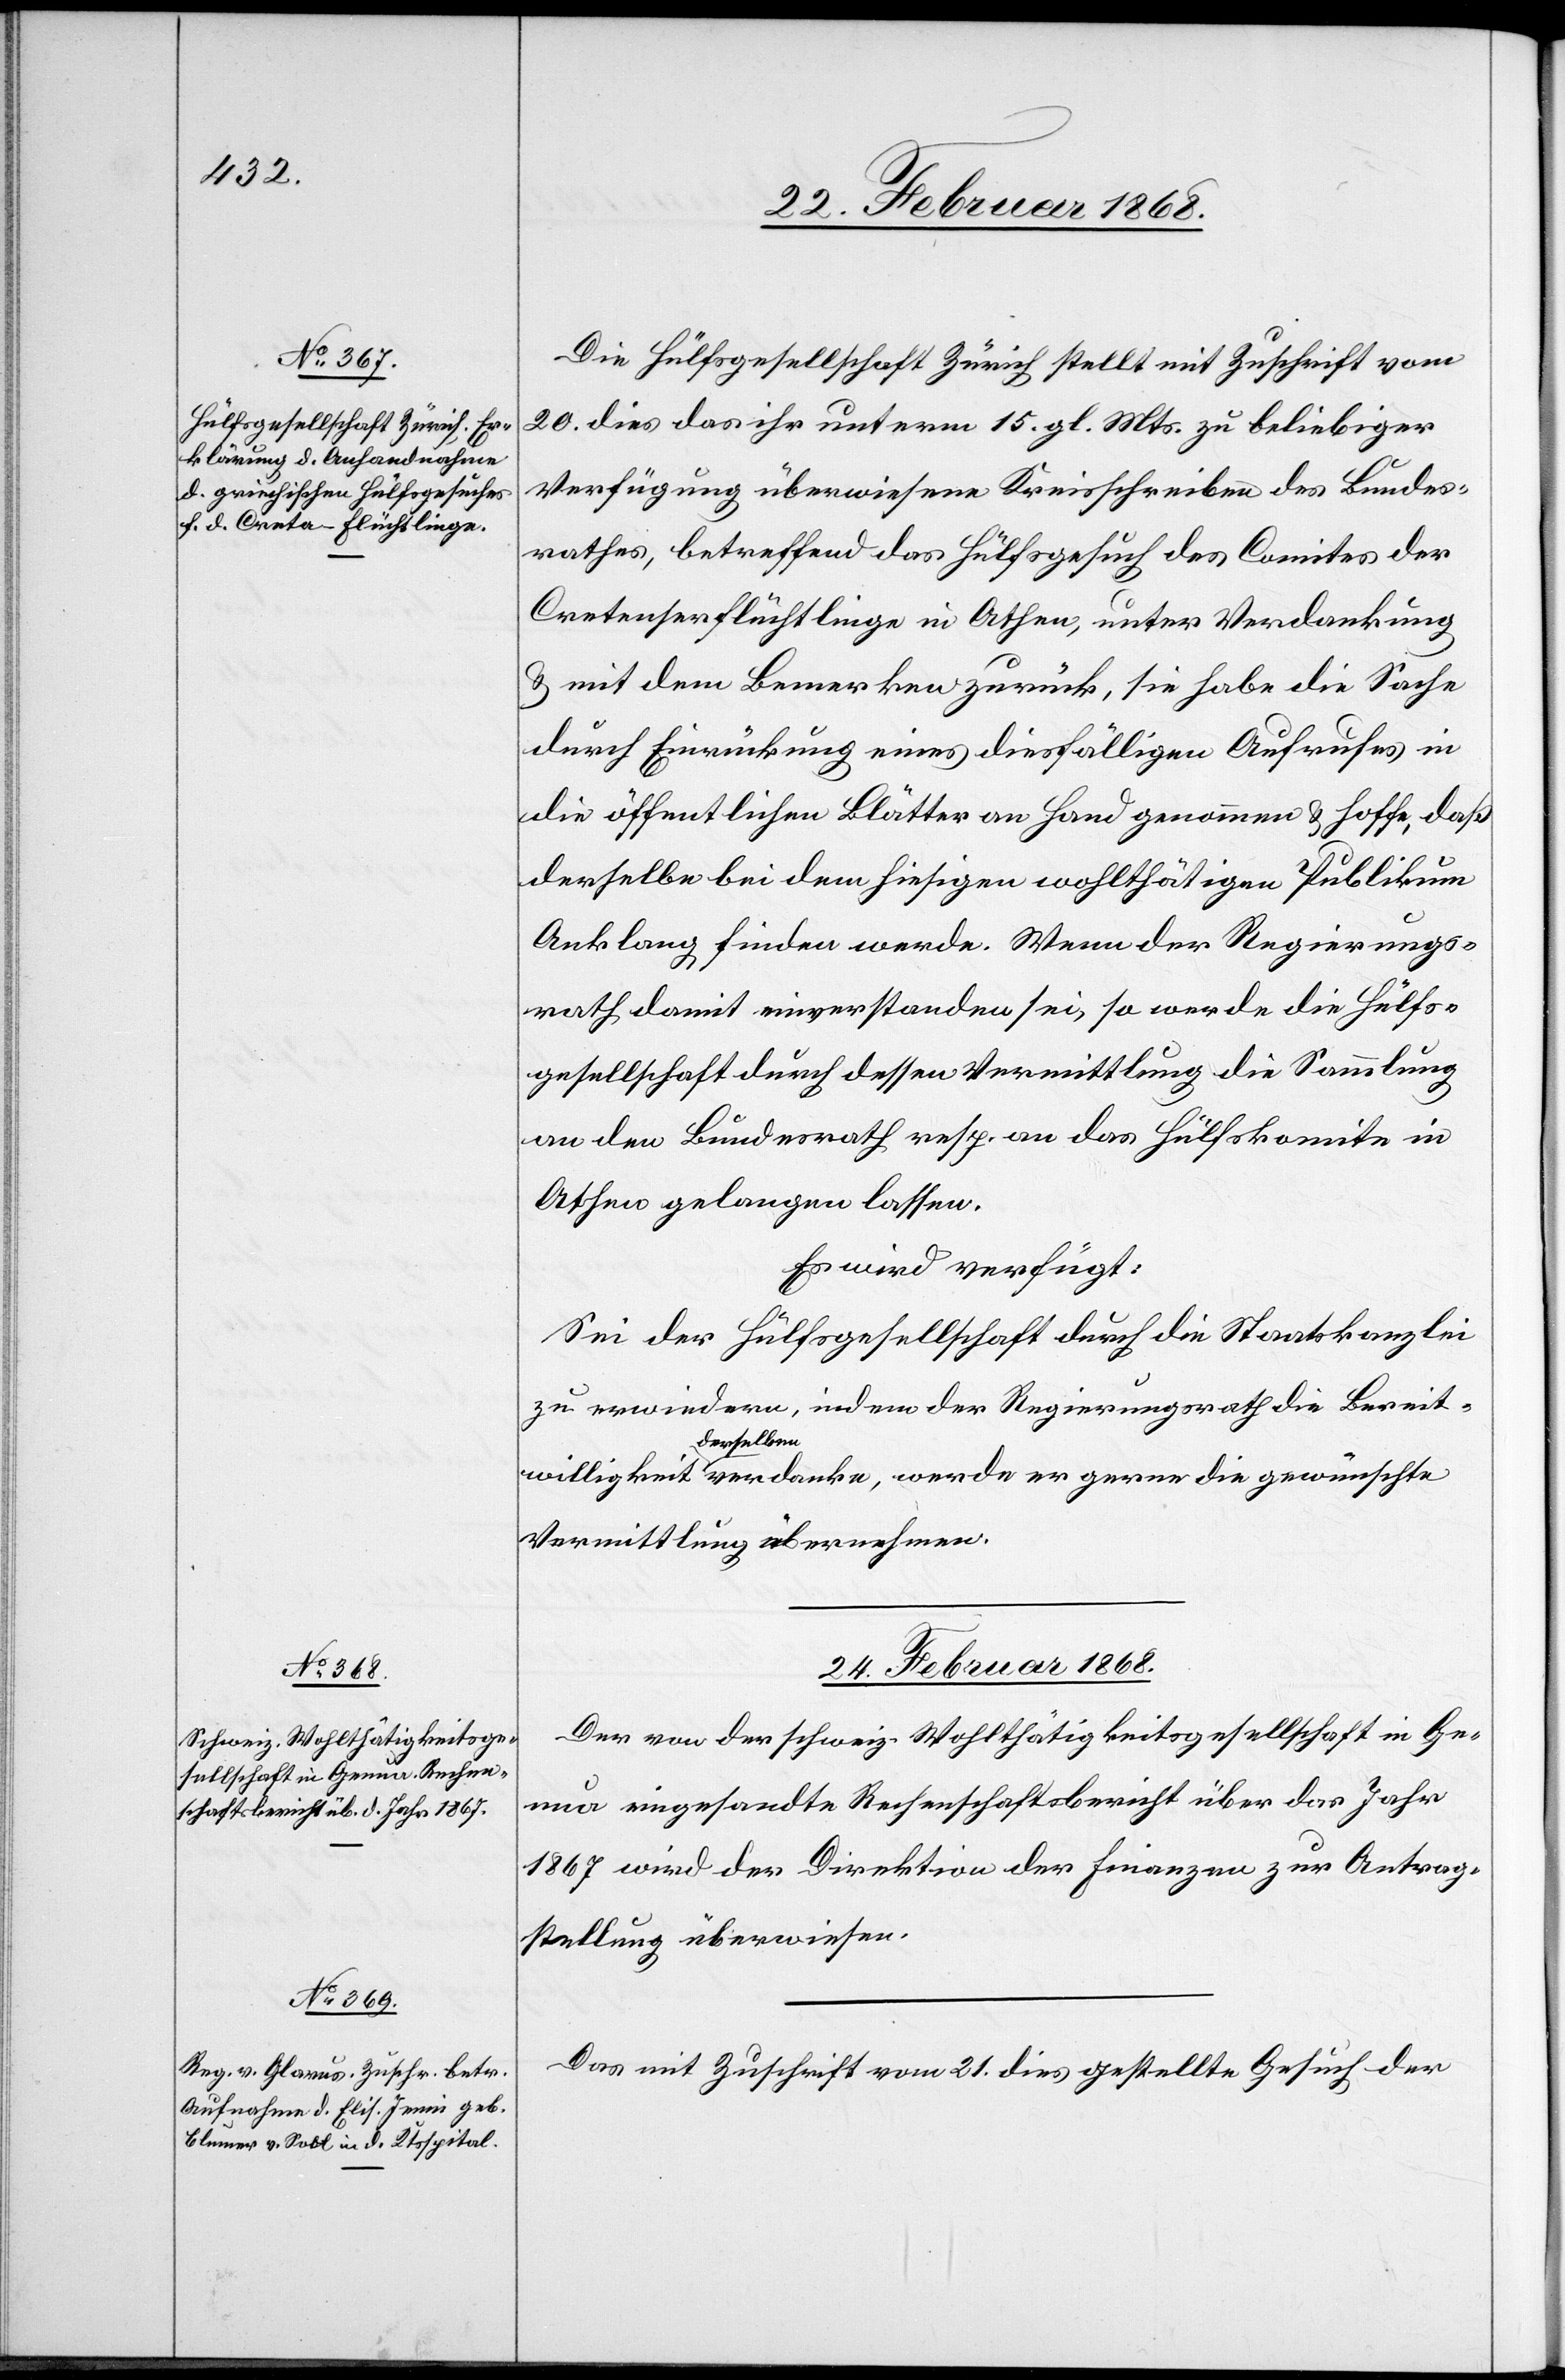
Die Hülfsgesellschaft Zürich stellt mit Zuschrift vom
20. dies das ihr unterm 15. gl. Mts. zu beliebiger
Verfügung überwiesene Kreisschreiben des Bundes¬
rathes, betreffend das Hülfsgesuch des Comites der
Cretenserflüchtlinge in Athen, unter Verdankung
& mit dem Bemerken zurück, sie habe die Sache
durch Einrückung eines diesfälligen Aufrufes in
die öffentlichen Blätter an Hand genommen & hoffe, daß
derselbe bei dem hiesigen wohlthätigen Publikum
Anklang finden werde. Wenn der Regierungs¬
rath damit einverstanden sei, so werde die Hülfs¬
gesellschaft durch dessen Vermittlung die Sammlung
an den Bundesrath resp. an das Hülfskomite in
Athen gelangen lassen.
Es wird verfügt:
Sei der Hülfsgesellschaft durch die Staatskanzlei
zu erwiedern, indem der Regierungsrath die Bereit¬
willigkeit derselben verdanke, werde er gerne die gewünschte
Vermittlung übernehmen.
24. Februar 1868.]
Der von der schweiz. Wohlthätigkeitsgesellschaft in Ge¬
nua eingesandte Rechenschaftsbericht über das Jahr
1867 wird der Direktion der Finanzen zur Antrag¬
stellung überwiesen.
Das mit Zuschrift vom 21. dies gestellte Gesuch der